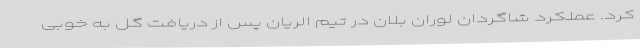
کرد. عملکرد شاگردان لوران بلان در تیم الریان پس از دریافت گل به خوبی